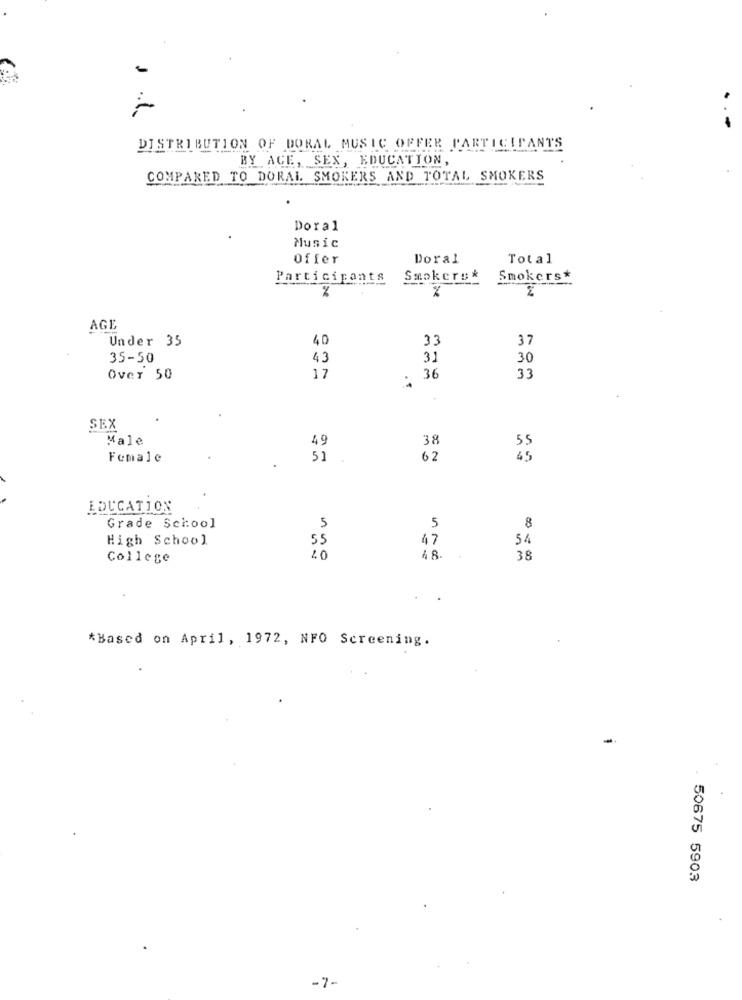
DISTRIBUTION OF DORAL MUSIC OFFER PARTICIPANTS
BY ACE, SEX, EDUCATION,
COMPARED TO DORAL SMOKERS AND TOTAL SMOKERS
Doral
Music
Offer
Doral
Total
Participants
Smokers*
Smokers*
%
AGE
Under 35
40
33
37
35-50
43
31
30
Over 50
17
36
33
SEX
Male
49
38
55
Female
51
62
45
EDUCATION
8
Grade School
5
5
High School
55
47
54
College
48.
38
*Based on April, 1972, NFO Screening.
50675 5903
-7-